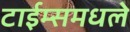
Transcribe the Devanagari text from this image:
टाईम्समधले